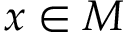
x \in M